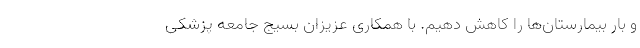
و بار بیمارستان‌ها را کاهش دهیم. با همکاری عزیزان بسیج جامعه پزشکی